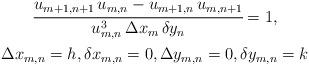
LaTeX: \begin{align*}\begin{gathered}\cfrac{u_{m+1,n+1}\,u_{m,n}-u_{m+1,n}\,u_{m,n+1}}{u_{m,n}^3\, \Delta x_m\, \delta y_n}=1,\\\Delta x_{m,n}=h, \delta x_{m,n}=0,\Delta y_{m,n}=0,\delta y_{m,n}=k\end{gathered}\end{align*}